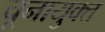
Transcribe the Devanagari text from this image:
चूनायुक्त